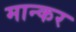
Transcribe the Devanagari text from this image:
मान्कर